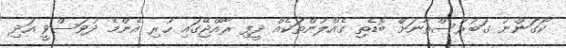
ކޯގަންނު ގަބުރުސްތާނަށް ބޮޑެތި ގެއްލުންތަކެއް ދީފި ރާއްޖޭގައި ހުރި އެންމެ ދުވަސްވީ އަދި